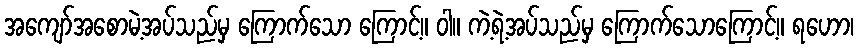
အကျော်အစောမဲ့အပ်သည်မှ ကြောက်သော ကြောင့်။ ဝါ။ ကဲ့ရဲ့အပ်သည်မှ ကြောက်သောကြောင့်။ ရဟော၊